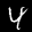
Label: 4